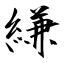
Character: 縑